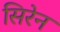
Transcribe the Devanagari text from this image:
सिरेन